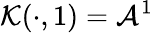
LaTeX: \mathcal{K}(\cdot,1)=\mathcal{A}^{1}